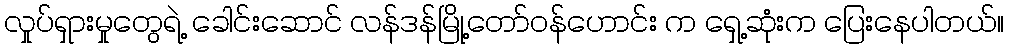
လှုပ်ရှားမှုတွေရဲ့ ခေါင်းဆောင် လန်ဒန်မြို့တော်ဝန်ဟောင်း က ရှေ့ဆုံးက ပြေးနေပါတယ်။